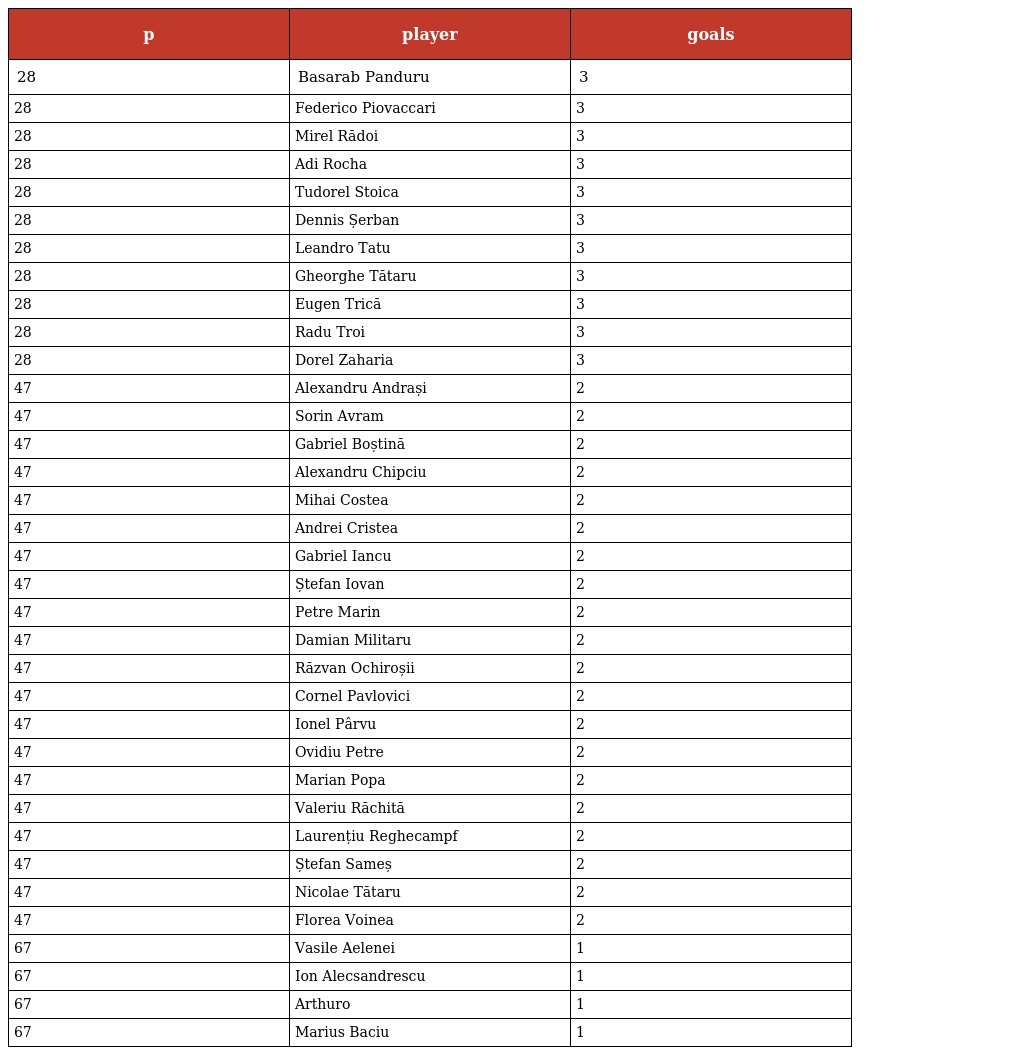
| p | player | goals |
 | --- | --- | --- |
 | 28 | Basarab Panduru | 3 |
 | 28 | Federico Piovaccari | 3 |
 | 28 | Mirel Rădoi | 3 |
 | 28 | Adi Rocha | 3 |
 | 28 | Tudorel Stoica | 3 |
 | 28 | Dennis Șerban | 3 |
 | 28 | Leandro Tatu | 3 |
 | 28 | Gheorghe Tătaru | 3 |
 | 28 | Eugen Trică | 3 |
 | 28 | Radu Troi | 3 |
 | 28 | Dorel Zaharia | 3 |
 | 47 | Alexandru Andrași | 2 |
 | 47 | Sorin Avram | 2 |
 | 47 | Gabriel Boștină | 2 |
 | 47 | Alexandru Chipciu | 2 |
 | 47 | Mihai Costea | 2 |
 | 47 | Andrei Cristea | 2 |
 | 47 | Gabriel Iancu | 2 |
 | 47 | Ștefan Iovan | 2 |
 | 47 | Petre Marin | 2 |
 | 47 | Damian Militaru | 2 |
 | 47 | Răzvan Ochiroșii | 2 |
 | 47 | Cornel Pavlovici | 2 |
 | 47 | Ionel Pârvu | 2 |
 | 47 | Ovidiu Petre | 2 |
 | 47 | Marian Popa | 2 |
 | 47 | Valeriu Răchită | 2 |
 | 47 | Laurențiu Reghecampf | 2 |
 | 47 | Ștefan Sameș | 2 |
 | 47 | Nicolae Tătaru | 2 |
 | 47 | Florea Voinea | 2 |
 | 67 | Vasile Aelenei | 1 |
 | 67 | Ion Alecsandrescu | 1 |
 | 67 | Arthuro | 1 |
 | 67 | Marius Baciu | 1 |